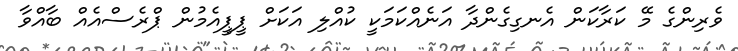
ވެރިންގެ މޭ ކަރާކަން އެނގިގެންދާ އަނެއްކަމަކީ ކުއްލި އަކަށް ޕީޕީއެމުން ޕްރެސްއެއް ބާއްވާ